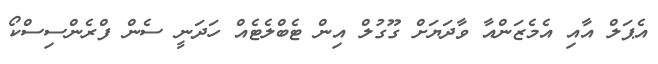
އެޕަލް އާއި އެމެޒަންއާ ވާދަޔަށް ގޫގުލް އިން ޓެބްލެޓެއް ހަދަނީ ސެން ފްރެންސިސްކޯ